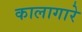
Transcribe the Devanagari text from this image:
कालागारे